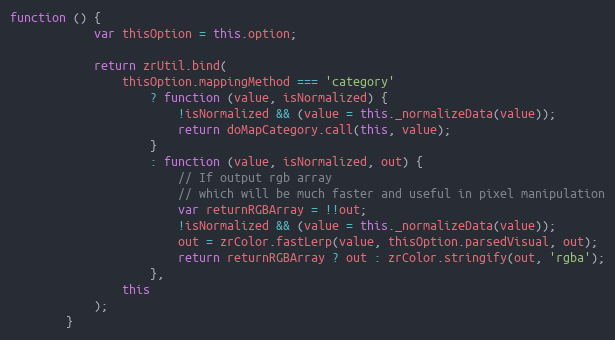
Language: JavaScript
function () {
            var thisOption = this.option;

            return zrUtil.bind(
                thisOption.mappingMethod === 'category'
                    ? function (value, isNormalized) {
                        !isNormalized && (value = this._normalizeData(value));
                        return doMapCategory.call(this, value);
                    }
                    : function (value, isNormalized, out) {
                        // If output rgb array
                        // which will be much faster and useful in pixel manipulation
                        var returnRGBArray = !!out;
                        !isNormalized && (value = this._normalizeData(value));
                        out = zrColor.fastLerp(value, thisOption.parsedVisual, out);
                        return returnRGBArray ? out : zrColor.stringify(out, 'rgba');
                    },
                this
            );
        }